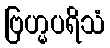
ဗြဟ္မပရိသံ